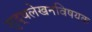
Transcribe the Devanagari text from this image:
शुद्धलेखनविषयक